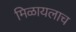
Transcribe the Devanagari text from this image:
मिळायलाच